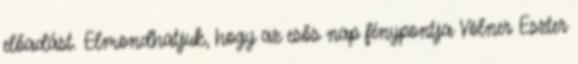
előadást. Elmondhatjuk, hogy az esős nap fénypontja Völner Eszter